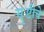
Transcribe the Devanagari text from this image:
सॄष्टीचे